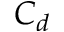
C _ { d }